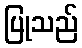
ပြုသည်